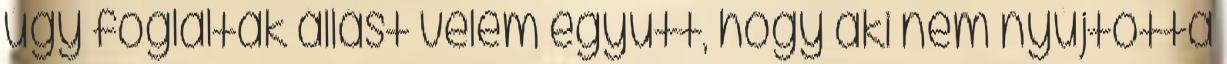
úgy foglaltak állást velem együtt, hogy aki nem nyújtotta